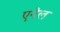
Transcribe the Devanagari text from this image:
एनेल